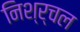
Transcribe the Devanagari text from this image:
निश्र्चल